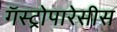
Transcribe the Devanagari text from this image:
गॅस्ट्रोपारेसीस